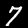
Digit: 7